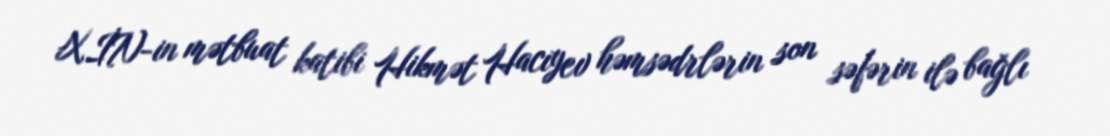
XİN-in mətbuat katibi Hikmət Hacıyev həmsədrlərin son səfərin ilə bağlı